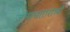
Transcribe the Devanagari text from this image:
जन्मचतारात्र्यौ